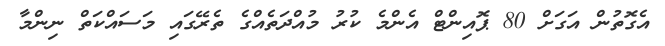
އެގޮތުން އަގަށް 80 ޕޮއިންޓް އެންމެ ކުރު މުއްދަތެއްގެ ތެރޭގައި މަސައްކަތް ނިންމާ